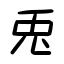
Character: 兎